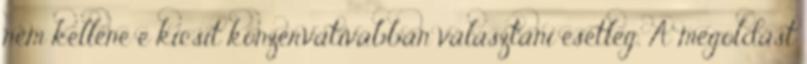
nem kellene e kicsit konzervatívabban választani esetleg. A megoldást